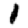
Digit: 1